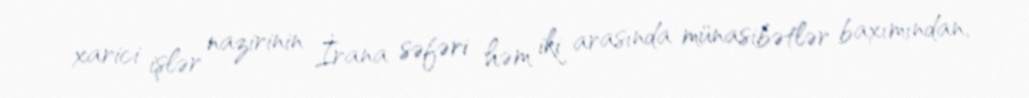
xarici işlər nazirinin İrana səfəri həm iki arasında münasibətlər baxımından,